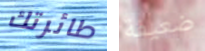
طائرتك ضعيفة